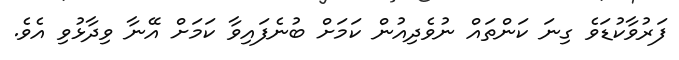
ފަރުވާކުޑަވެ ގިނަ ކަންތައް ނުވެދިއުން ކަމަށް ބުނެފައިވާ ކަމަށް އޭނާ ވިދާޅުވި އެވެ.